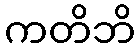
ကတိဘိ